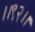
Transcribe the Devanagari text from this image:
।।९२।।